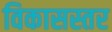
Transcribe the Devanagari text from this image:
विकासस्तर